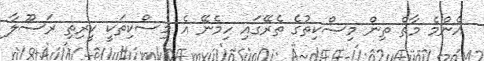
އެންމެ މާތް ތިން މިސްކިތުގެ ތެރޭގައި ހިމެނޭ އެ މިސްކިތަކީ ކީރިތި ރަސޫލާ